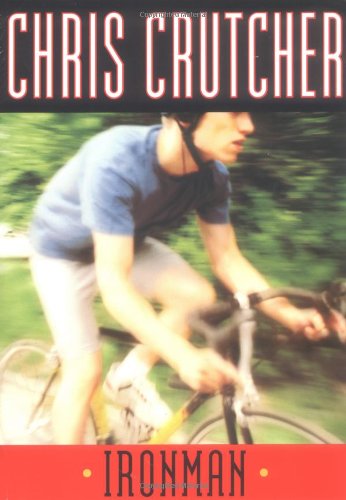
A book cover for Ironman; Chris Crutcher; Teen & Young Adult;